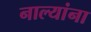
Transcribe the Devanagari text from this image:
नाल्यांना